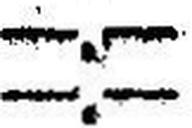
—.—